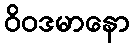
ဝိဝဒမာနော